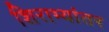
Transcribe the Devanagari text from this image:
शिराभ्यांतर